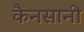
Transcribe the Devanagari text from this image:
कैनसानी